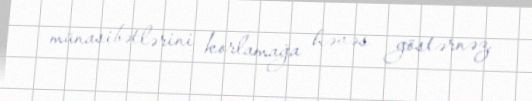
münasibətlərini korlamağa həvəs göstərnəz.